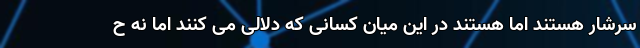
سرشار هستند اما هستند در این میان کسانی که دلالی می کنند اما نه ح